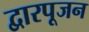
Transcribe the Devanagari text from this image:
द्वारपूजन